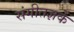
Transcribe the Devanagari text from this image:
संगीतज्ञके